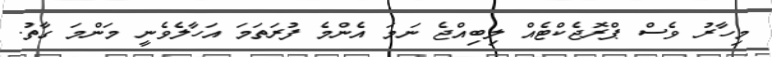
މިހާރު ވެސް ޕްރޮޖެކްޓެއް ލިބިއްޖެ ނަމަ އެންމެ ފުރަތަމަ އަހާލެވެނީ މަންމަ ގާތު.